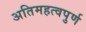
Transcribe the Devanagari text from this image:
अतिमहत्‍वपुर्ण